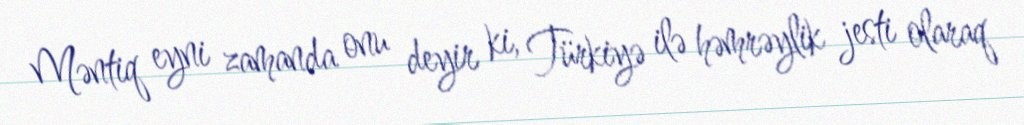
Məntiq eyni zamanda onu deyir ki, Türkiyə ilə həmrəylik jesti olaraq